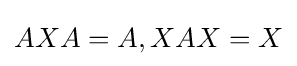
AXA=A,XAX=X